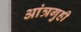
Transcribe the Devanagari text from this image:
आंत्रगुही